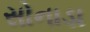
સોનાડા